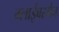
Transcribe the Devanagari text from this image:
ग्लाईबरमैन